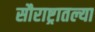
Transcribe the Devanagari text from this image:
सौराष्ट्रातल्या